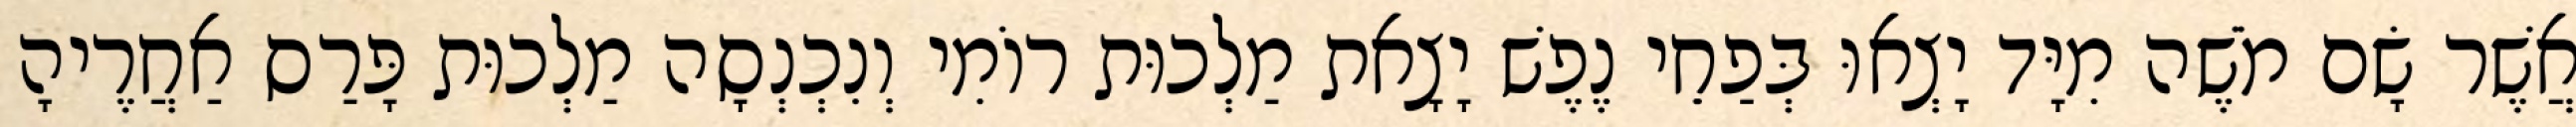
אֲשֶׁר שָׂם מֹשֶׁה מִיָּד יָצְאוּ בְּפַחֵי נֶפֶשׁ יָצָאת מַלְכוּת רוֹמִי וְנִכְנְסָה מַלְכוּת פָּרַס אַחֲרֶיהָ